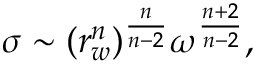
\sigma \sim ( r _ { w } ^ { n } ) ^ { \frac { n } { n - 2 } } \omega ^ { \frac { n + 2 } { n - 2 } } ,